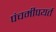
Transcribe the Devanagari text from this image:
पंचमीपयर्त